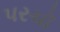
પરચૉ